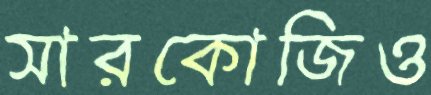
সারকোজিও